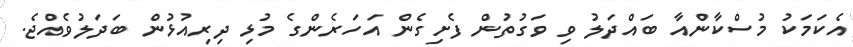
އެކަމަކު މުސްކާންއާ ބައްދަލު ވި ވަގުތުން ފެށިގެން އަހަރެންގެ މުޅި ދިރިއުޅުން ބަދަލުވެއްޖެ.